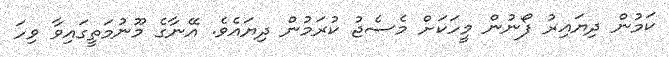
ކަމުން ދިޔައިރު ފޯނުން މީހަކަށް މެސެޖު ކުރަމުން ދިޔައެވެ. އޭނާގެ މޫނުމަތީގައިވާ ވިހަ